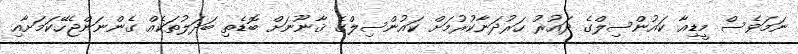
ނަމަވެސް މީޑިއާ ކައުންސިލްގެ ދައުރު ހަރުދަނާކުރުމަށް ކައުންސިލްގެ ޤާނޫނަށް ބޮޑެތި ބަދަލުތަކެއް ގެންނަންޖެހޭކަމަށާއި